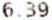
6.39